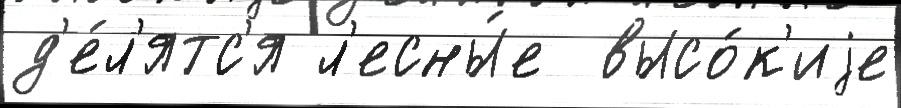
д'е́л'ятс'я л'есны́е  высо́к'иjе